system: You are a helpful assistant.
user:
Analyze the provided spectrum to determine if it is a **Carbon Star (C-type)**.

- **Key Visual Indicators of Carbon Star:**
    - **(Primary):** Strong molecular absorption from **C₂ (diatomic carbon) "Swan Bands."** This is the **defining feature** of a carbon star.
        - **(Key Bandheads):** Sharp absorption edges are visible at approximately $5635$ Å, $5165$ Å (the strongest band), and $4737$ Å.
        - **(Line Profile):** Creates a distinct **"saw-tooth"** pattern. The key morphology is a sharp, steep bandhead on the **red (long-wavelength) side**, which then gradually tapers off (i.e., flux recovers) towards the **blue (short-wavelength) side**. *(This is the direct opposite of the TiO bands seen in M-type stars)*.

    - **(Secondary):** Intense **CN (cyanogen)** molecular absorption bands.
        - **(Key Bandheads):** Located in the blue and violet regions of the spectrum (e.g., near $4215$ Å and $3883$ Å).
        - **(Morphology):** These bands are extremely broad and act as a "blanket," absorbing the vast majority of blue and violet light. This creates a characteristic **"cliff"** or **"steep drop-off"** in the spectrum's flux at short wavelengths.

    - **(Key Confirmation):** Strong **CH absorption band (G-band)**.
        - **(Key Bandhead):** Located around $4300$ Å. The contribution from CH molecules to this band is exceptionally strong.

    - **(Overall Spectrum):**
        - The continuum is severely "chopped up" by these deep molecular bands, especially C₂, rather than appearing as a smooth curve.
        - Due to the heavy CN and C₂ absorption in the blue-green, the vast majority of the star's flux is concentrated in the red part of the spectrum, giving the star its characteristic deep red color.

Think first, call **spectral_visualization_tool** if needed to examine features in detail, then provide your final answer. Your response must adhere to the following strict rules:
1.  **Overall Structure:** Your response must follow the format `<think>...</think> <tool_call>...</tool_call> (if a tool is used) <answer>...</answer>`.
2.  **Tool Usage Constraint:** You may only make **one** tool call per turn.
3.  **Final Answer Format:** In the `<answer>` tag, your conclusion must be inside a `\boxed{}` command (e.g., `\boxed{YES}`), followed by your justification.

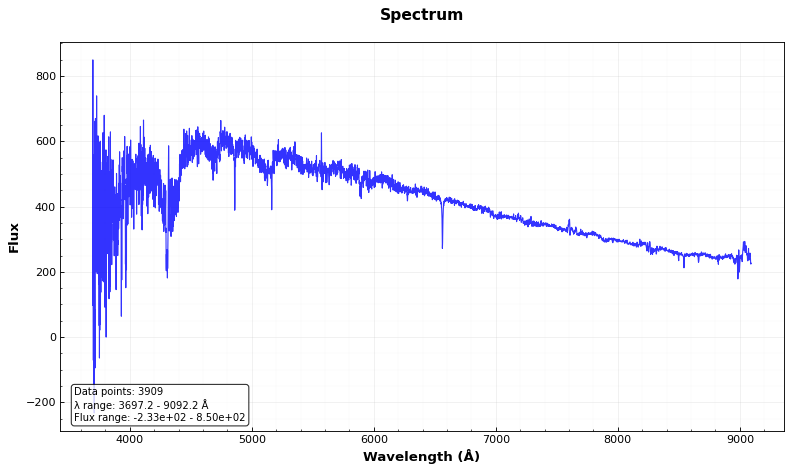
Answer: YES